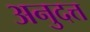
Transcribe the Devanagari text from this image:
अनुदत्त